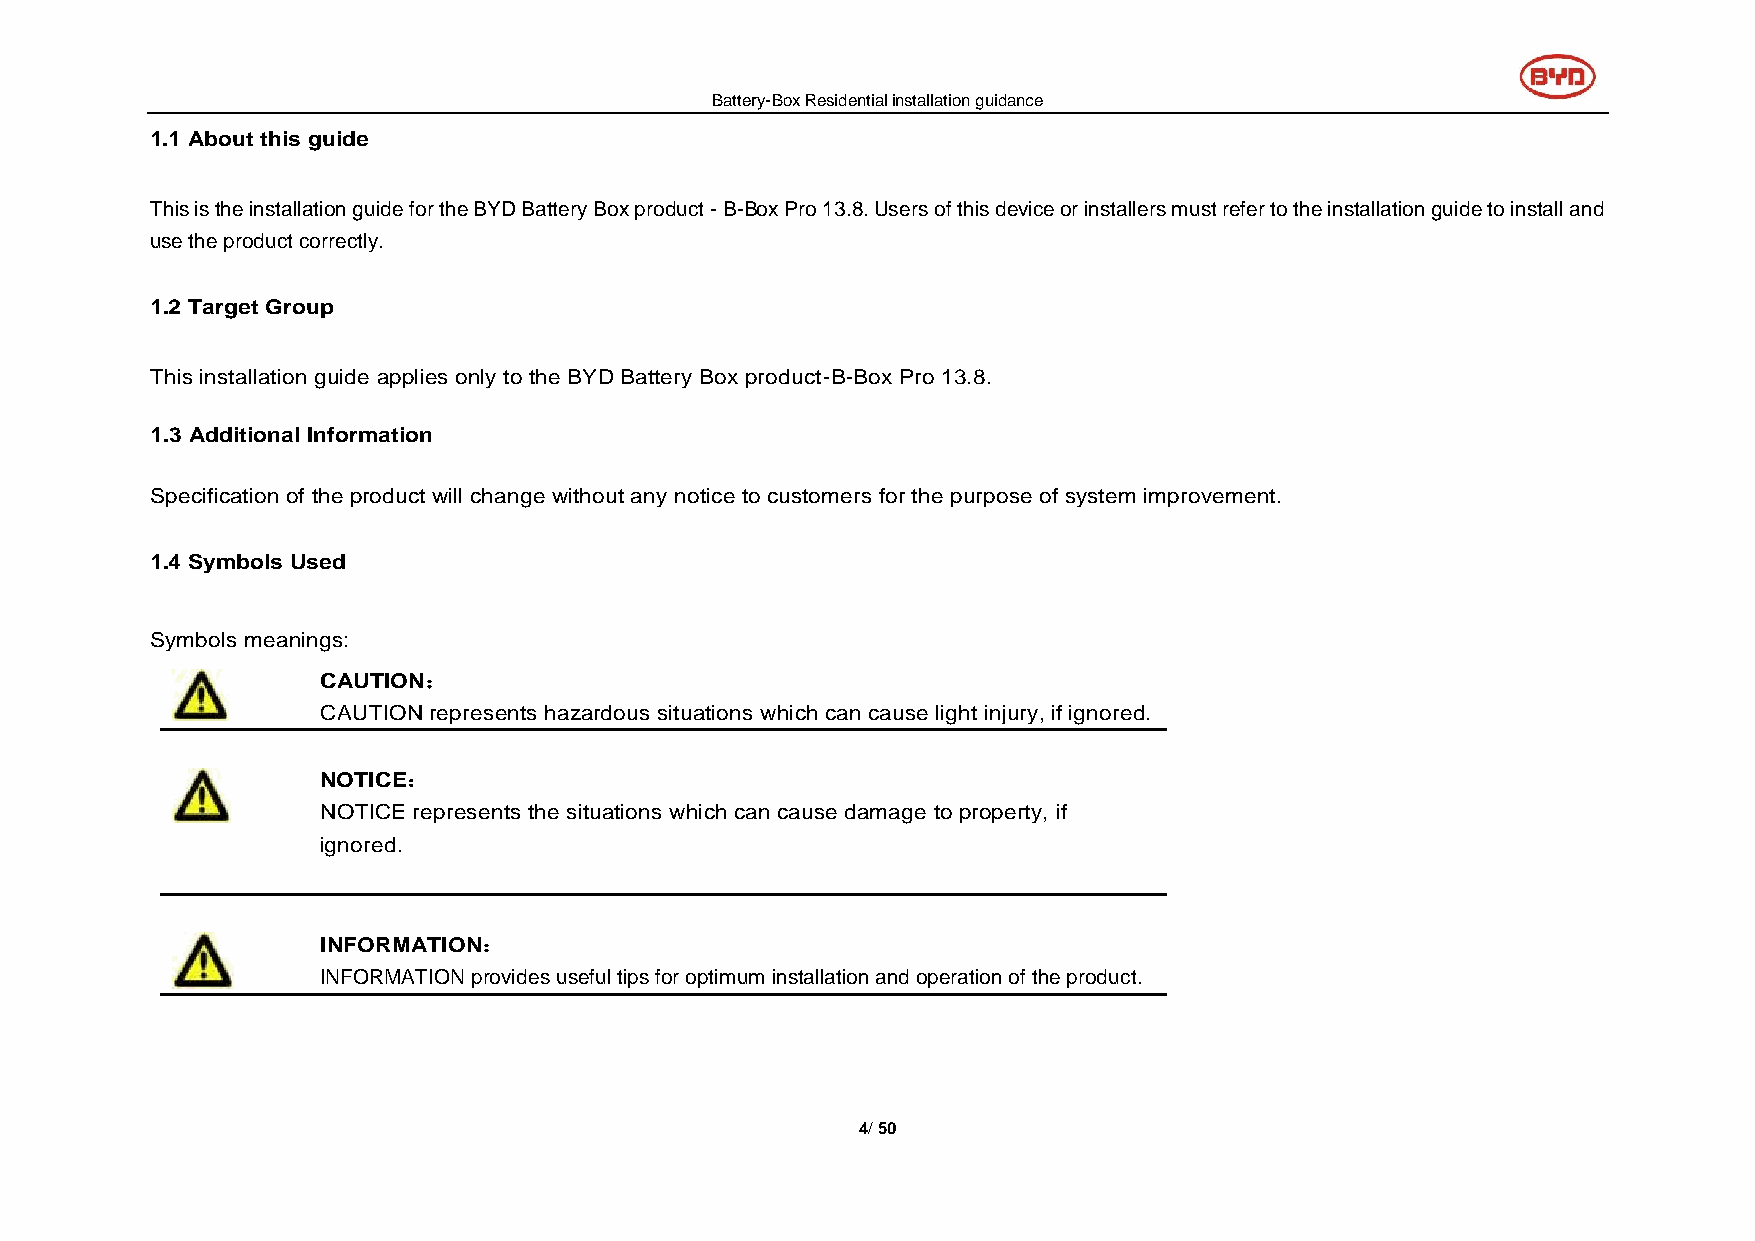
Battery-Box Residential installation guidance
 1.1 About this guide
 This is the installation guide for the BYD Battery Box product - B-Box Pro 13.8. Users of this device or installers must refer to the installation guide to install and
 use the product correctly.
 1.2 Target Group
 This installation guide applies only to the BYD Battery Box product-B-Box Pro 13.8.
 1.3 Additional Information
 Specification of the product will change without any notice to customers for the purpose of system improvement.
 1.4 Symbols Used
 Symbols meanings:
 CAUTION：
 CAUTION represents hazardous situations which can cause light injury, if ignored.
 NOTICE：
 NOTICE represents the situations which can cause damage to property, if
 ignored.
 INFORMATION：
 INFORMATION provides useful tips for optimum installation and operation of the product.
 4/ 50